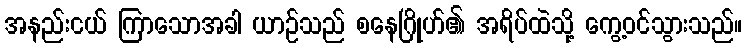
အနည်းငယ် ကြာသောအခါ ယာဉ်သည် စနေဂြိုဟ်၏ အရိပ်ထဲသို့ ကွေ့ဝင်သွားသည်။